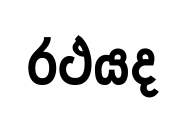
රථයද